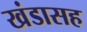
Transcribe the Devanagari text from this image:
खंडासह